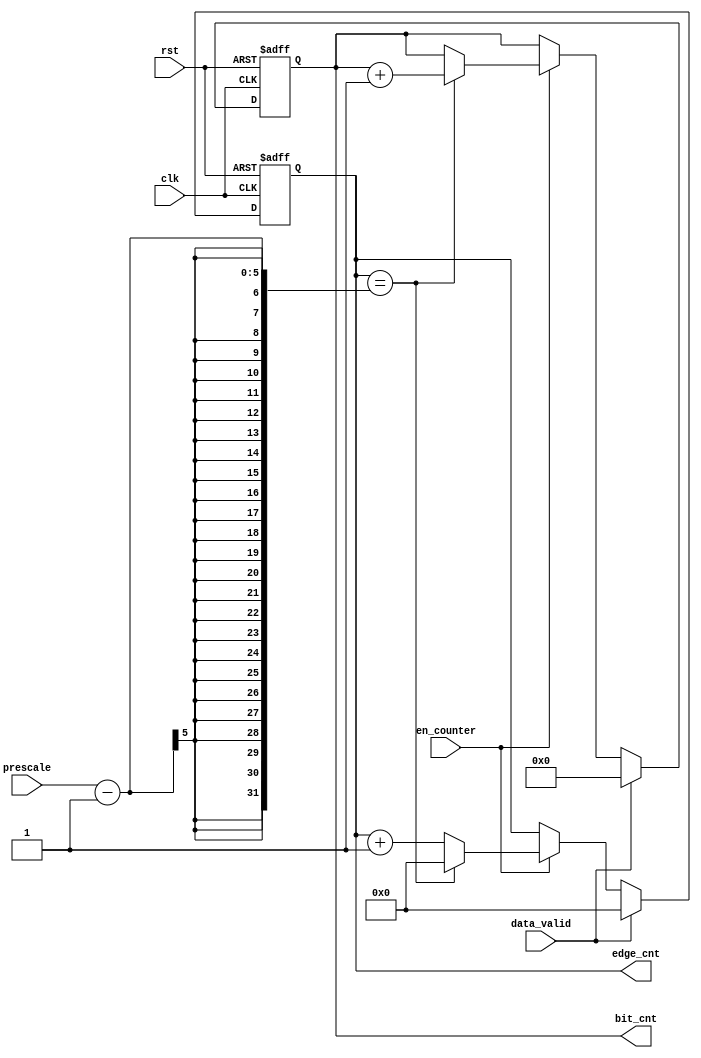
module edge_bit_counter (
    input   wire    [4:0]   prescale,
    input   wire            en_counter,
    input   wire            data_valid,
    input   wire            clk,
    input   wire            rst,
    output  reg     [3:0]   bit_cnt,
    output  reg     [4:0]   edge_cnt
);

always @(posedge clk or negedge rst) begin
    if(!rst)
    begin
        bit_cnt <= 'b0;
        edge_cnt <= 'b0;
    end
    else if(data_valid)
    begin
        bit_cnt <= 'b0;
        edge_cnt <= 'b0;
    end
    else if(en_counter)
    begin
        edge_cnt <= edge_cnt+ 1'b1;
        if(edge_cnt==prescale-1)
        begin
           edge_cnt <= 'b0;
           bit_cnt  <= bit_cnt + 1'b1;
        end
    end

end

endmodule